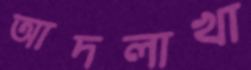
আদলাখা